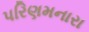
પરિણમનારા